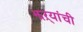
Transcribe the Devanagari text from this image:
झऱ्यांची